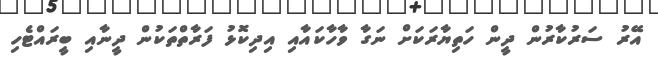
އޭރު ސަރުކާރުން ދީން ހަތިޔާރަކަށް ނަގާ ވާހާކައާއި އިދިކޮޅު ފަރާތްތަކުން ދީނާއި ބީރައްޓެހި